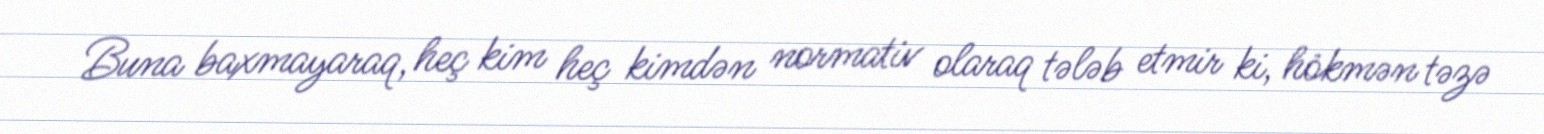
Buna baxmayaraq, heç kim heç kimdən normativ olaraq tələb etmir ki, hökmən təzə